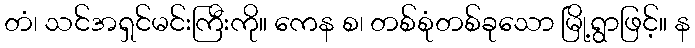
တံ၊ သင်အရှင်မင်းကြီးကို။ ကေန စ၊ တစ်စုံတစ်ခုသော မြို့ရွာဖြင့်။ န